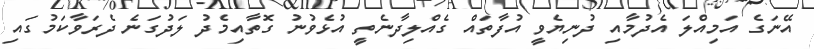
އޭނަގެ އަމިއްލަ އެދުމާއި ދުނިޔެވީ އުފާތައް ގެއްލިދާނެތީ އުޅެވުނު ގޮތާއިމެދު ލަދުގަނެ ދެރަވާކަމުގައި